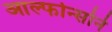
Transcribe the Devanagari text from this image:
आल्फोन्सोने